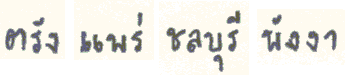
ตรังแพร่ชลบุรีพังงา